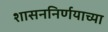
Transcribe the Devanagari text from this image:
शासननिर्णयाच्या